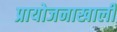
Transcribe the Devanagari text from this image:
प्रायोजनाखाली